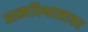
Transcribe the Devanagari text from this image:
आत्मविश्वासावर